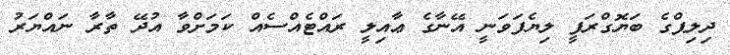
ދިލިޕްގެ ބަޔޮގްރަފީ ލިޔެފަވަނީ އޭނާގެ ޢާއިލީ ރައްޓެއްސެއް ކަމަށްވާ އުދޭ ތާރާ ނައްޔަރު